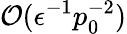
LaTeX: \mathcal{O}(\epsilon^{-1}p_{0}^{-2})